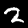
Digit: 2